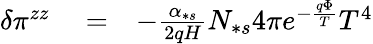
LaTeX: \begin{array}{rlr}{\delta\pi^{zz}}&{{}=}&{-\frac{\alpha_{\ast s}}{2qH}N_{\ast s}4\pi e^{-\frac{q\Phi}{T}}T^{4}}\end{array}